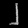
Digit: ၂